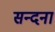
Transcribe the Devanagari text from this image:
सन्दना